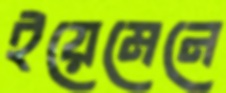
ইয়েমেনে